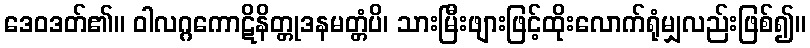
ဒေဝဒတ်၏။ ဝါလဂ္ဂကောဋိနိတ္တုဒနမတ္တံပိ၊ သားမြီးဖျားဖြင့်ထိုးလောက်ရုံမျှလည်းဖြစ်၍။